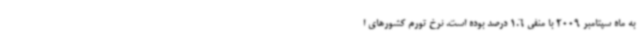
به ماه سپتامبر 2009 با منفی 1.6 درصد بوده است. نرخ تورم کشورهای ا